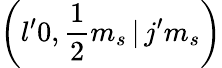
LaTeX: \left(l^{\prime}0,\frac{1}{2}m_{s}\, |\, j^{\prime}m_{s}\right)